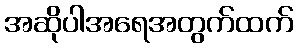
အဆိုပါအရေအတွက်ထက်